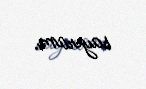
sayıram.